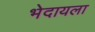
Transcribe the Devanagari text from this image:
भेदायला